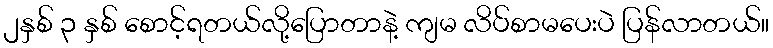
၂နှစ် ၃ နှစ် စောင့်ရတယ်လို့ပြောတာနဲ့ ကျမ လိပ်စာမပေးပဲ ပြန်လာတယ်။